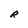
Character: R